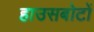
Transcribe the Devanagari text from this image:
हाउसबोटों